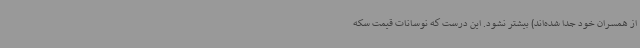
از همسران خود جدا شده‌اند) بیشتر نشود. این درست که نوسانات قیمت سکه